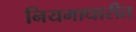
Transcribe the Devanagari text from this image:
नियमाधारीत